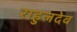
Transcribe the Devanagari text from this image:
राहुलदेव